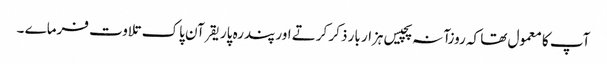
آپ کا معمول تھا کہ روزآنہ پچیس ہزار بار ذکر کرتے اور پندرہ پاریقرآن پاک تلاوت فرماے ۔